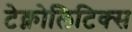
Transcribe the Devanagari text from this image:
टेक्नोलिटिक्स